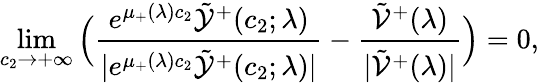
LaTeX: \operatorname*{lim}_{c_{2}\to+\infty}\Big(\frac{e^{\mu_{+}(\lambda)c_{2}}\tilde{\mathcal{Y}}^{+}(c_{2};\lambda)}{|e^{\mu_{+}(\lambda)c_{2}}\tilde{\mathcal{Y}}^{+}(c_{2};\lambda)|}-\frac{\tilde{\mathcal{V}}^{+}(\lambda)}{|\tilde{\mathcal{V}}^{+}(\lambda)|}\Big)=0,